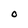
Character: O